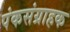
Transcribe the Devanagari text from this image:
पंकसंग्राहक